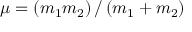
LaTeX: \mu = \left( m _ { 1 } m _ { 2 } \right) / \left( m _ { 1 } + m _ { 2 } \right)